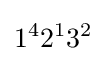
1^{4}2^{1}3^{2}